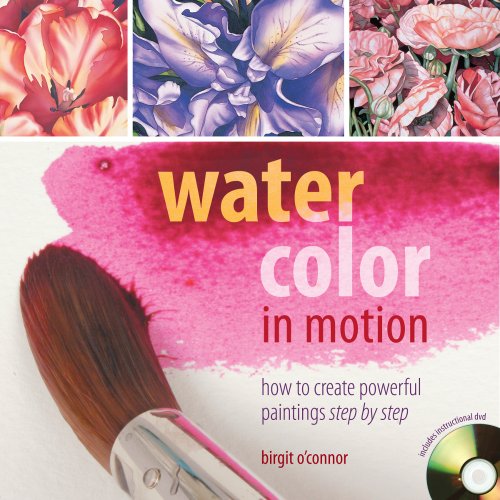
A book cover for Watercolor in Motion: How to Create Powerful Paintings Step by Step; Birgit O'Connor; Arts & Photography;